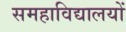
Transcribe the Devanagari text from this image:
समहाविद्यालयों